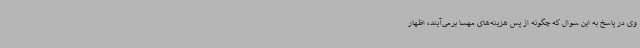
وی در پاسخ به این سوال که چگونه از پس هزینه‌های مهسا برمی‌آیند، اظهار